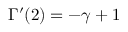
\Gamma ^ { \prime } ( 2 ) = - \gamma + 1